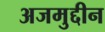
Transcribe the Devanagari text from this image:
अजमुद्दीन